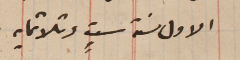
الاول سنة ستٍ وثلاثمايه.